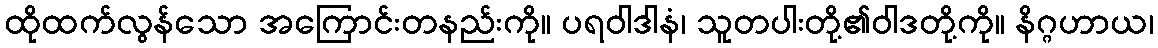
ထိုထက်လွန်သော အကြောင်းတနည်းကို။ ပရဝါဒါနံ၊ သူတပါးတို့၏ဝါဒတို့ကို။ နိဂ္ဂဟာယ၊